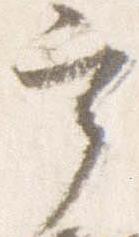
宰